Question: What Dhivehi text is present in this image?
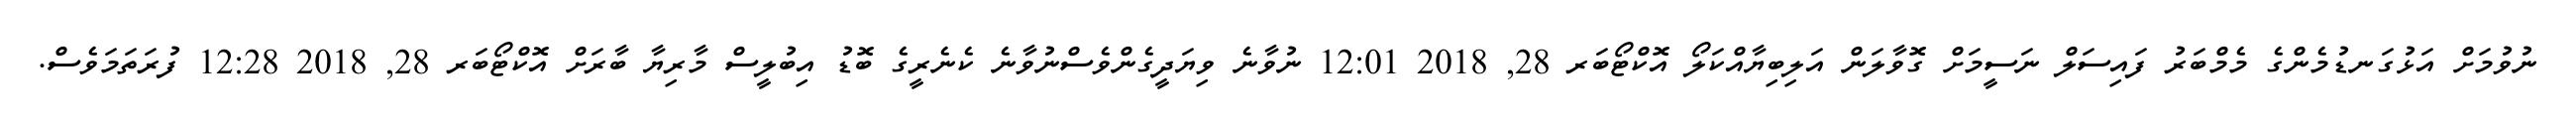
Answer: ނުވުމަށް އަޅުގަނޑުމެންގެ މެމްބަރު ފައިސަލް ނަސީމަށް ގޮވާލަން އަލިބިޔާއްކަލޯ އޮކްޓޯބަރ 28, 2018 12:01 ނުވާނެ ވިޔަދީގެންވެސްނުވާނެ ކެނެރީގެ ބޮޑު އިބުލީސް މާރިޔާ ބާރަށް އޮކްޓޯބަރ 28, 2018 12:28 ފުރަތަމަވެސް.